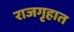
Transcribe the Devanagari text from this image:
राजगृहात